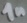
Text: 1n